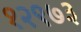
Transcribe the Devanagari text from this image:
१२९७३